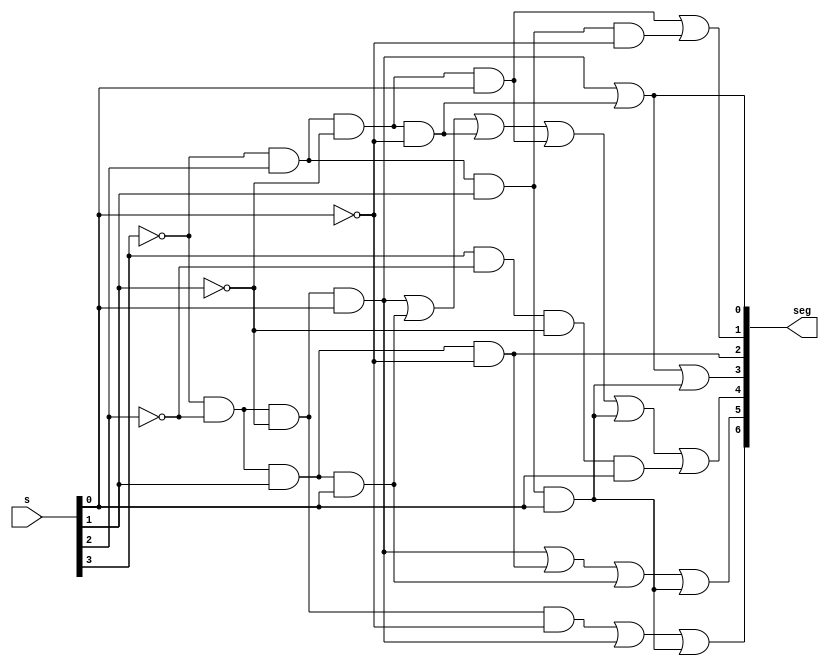
//displays the 4bit decimal number on 7seg display.

module display(seg, s);
input [3:0] s;
output [6:0] seg;

wire w0, w1, w2, w3, w4, w5, w6, w7, w8, w9;

and(w0, ~s[3], ~s[2], ~s[1], ~s[0]);
and(w1, ~s[3], ~s[2], ~s[1], s[0]);
and(w2, ~s[3], ~s[2], s[1], ~s[0]);
and(w3, ~s[3], ~s[2], s[1], s[0]);
and(w4, ~s[3], s[2], ~s[1], ~s[0]);
and(w5, ~s[3], s[2], ~s[1], s[0]);
and(w6, ~s[3], s[2], s[1], ~s[0]);
and(w7, ~s[3], s[2], s[1], s[0]);
and(w8, s[3], ~s[2], ~s[1], ~s[0]);
and(w9, s[3], ~s[2], ~s[1], s[0]);

or(seg[6], w0, w1, w7);
or(seg[5], w1, w2, w3, w7);
or(seg[4], w1, w3, w4, w5, w7, w9);
or(seg[3], w1, w4, w7);
or(seg[2], w2, 1'b0);
or(seg[1], w5, w6);
or(seg[0], w1, w4);

endmodule